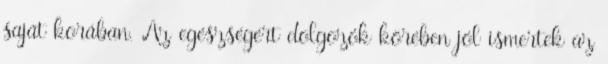
saját korában. Az egészségért dolgozók körében jól ismertek az